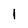
Character: I